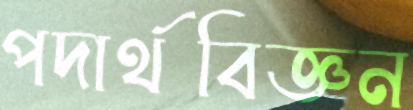
পদার্থবিজ্ঞন